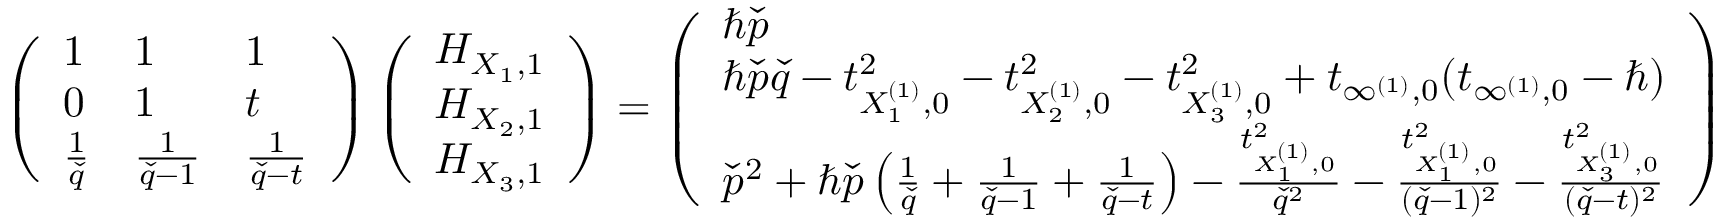
\left( \begin{array} { l l l } { 1 } & { 1 } & { 1 } \\ { 0 } & { 1 } & { t } \\ { \frac { 1 } { \check { q } } } & { \frac { 1 } { \check { q } - 1 } } & { \frac { 1 } { \check { q } - t } } \end{array} \right) \left( \begin{array} { l } { H _ { X _ { 1 } , 1 } } \\ { H _ { X _ { 2 } , 1 } } \\ { H _ { X _ { 3 } , 1 } } \end{array} \right) = \left( \begin{array} { l } { \hbar \check { p } } \\ { \hbar \check { p } \check { q } - t _ { X _ { 1 } ^ { ( 1 ) } , 0 } ^ { 2 } - t _ { X _ { 2 } ^ { ( 1 ) } , 0 } ^ { 2 } - t _ { X _ { 3 } ^ { ( 1 ) } , 0 } ^ { 2 } + t _ { \infty ^ { ( 1 ) } , 0 } ( t _ { \infty ^ { ( 1 ) } , 0 } - \hbar ) } \\ { \check { p } ^ { 2 } + \hbar \check { p } \left( \frac { 1 } { \check { q } } + \frac { 1 } { \check { q } - 1 } + \frac { 1 } { \check { q } - t } \right) - \frac { t _ { X _ { 1 } ^ { ( 1 ) } , 0 } ^ { 2 } } { \check { q } ^ { 2 } } - \frac { t _ { X _ { 1 } ^ { ( 1 ) } , 0 } ^ { 2 } } { ( \check { q } - 1 ) ^ { 2 } } - \frac { t _ { X _ { 3 } ^ { ( 1 ) } , 0 } ^ { 2 } } { ( \check { q } - t ) ^ { 2 } } } \end{array} \right)